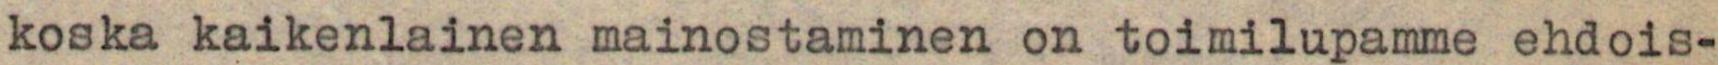
koska kaikenlainen mainostaminen on toimilupamme ehdois-